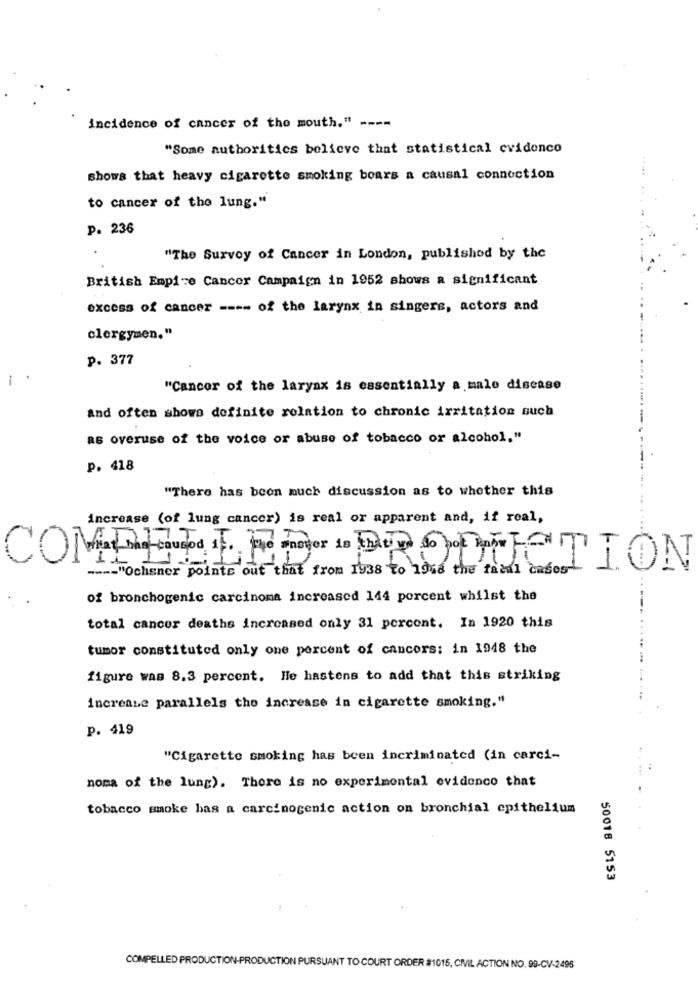
incidence of cancer of the mouth." ----
"Some authorities believe that statistical evidence
shows that heavy cigarette smoking boars a causal connection
to cancer of the lung."
p. 236
"The Survey of Cancer in London, published by the
British Empire Cancer Campaign in 1952 shows a significant
excess of cancer ---- of the larynx in singers, actors and
clergymen."
p. 377
i
"Cancer of the larynx is essentially a male disease
and often shows definite relation to chronic irritation such
as overuse of the voice or abuse of tobacco or alcohol."
P. 418
"There has been much discussion as to whether this
increase (of lung cancer) is real or apparent and, if real,
COMPELLED PRODUCTION
---- "Ochsner points out that from 1938 to 1948 the fatal cases-
of bronchogenic carcinoma increased 144 percent whilst the
total cancer deaths increased only 31 percent. In 1920 this
tumor constituted only one percent of cancers: in 1948 the
figure was 8.3 percent. He hastens to add that this striking
increase parallels the increase in cigarette smoking."
P. 419
"Cigarette smoking has been incriminated (in carci-
noma of the lung). There is no experimental evidence that
tobacco smoke bas a carcinogenic action on bronchial epithelium
50018 5153
COMPELLED PRODUCTION-PRODUCTION PURSUANT TO COURT ORDER #1015, CML ACTION NO. 99-CV-2496